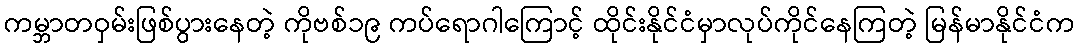
ကမ္ဘာတဝှမ်းဖြစ်ပွားနေတဲ့ ကိုဗစ်၁၉ ကပ်ရောဂါကြောင့် ထိုင်းနိုင်ငံမှာလုပ်ကိုင်နေကြတဲ့ မြန်မာနိုင်ငံက